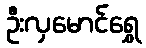
ဦးလှမောင်ရွှေ